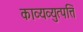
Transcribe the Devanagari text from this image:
काव्यव्युत्पत्ति